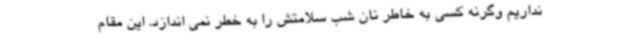
نداریم وگرنه کسی به خاطر نان شب سلامتش را به خطر نمی اندازد. این مقام